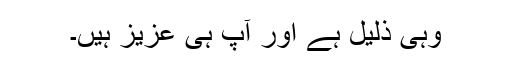
وہی ذلیل ہے اور آپ ہی عزیز ہیں۔